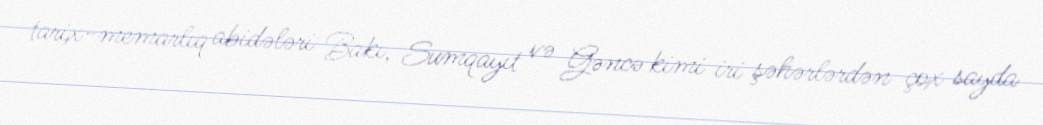
tarix-memarlıq abidələri Bakı, Sumqayıt və Gəncə kimi iri şəhərlərdən çox sayda